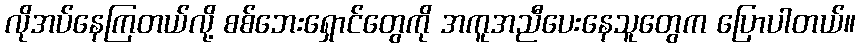
လိုအပ်နေကြတယ်လို့ စစ်ဘေးရှောင်တွေကို အကူအညီပေးနေသူတွေက ပြောပါတယ်။